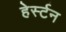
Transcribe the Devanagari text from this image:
हेर्स्टन